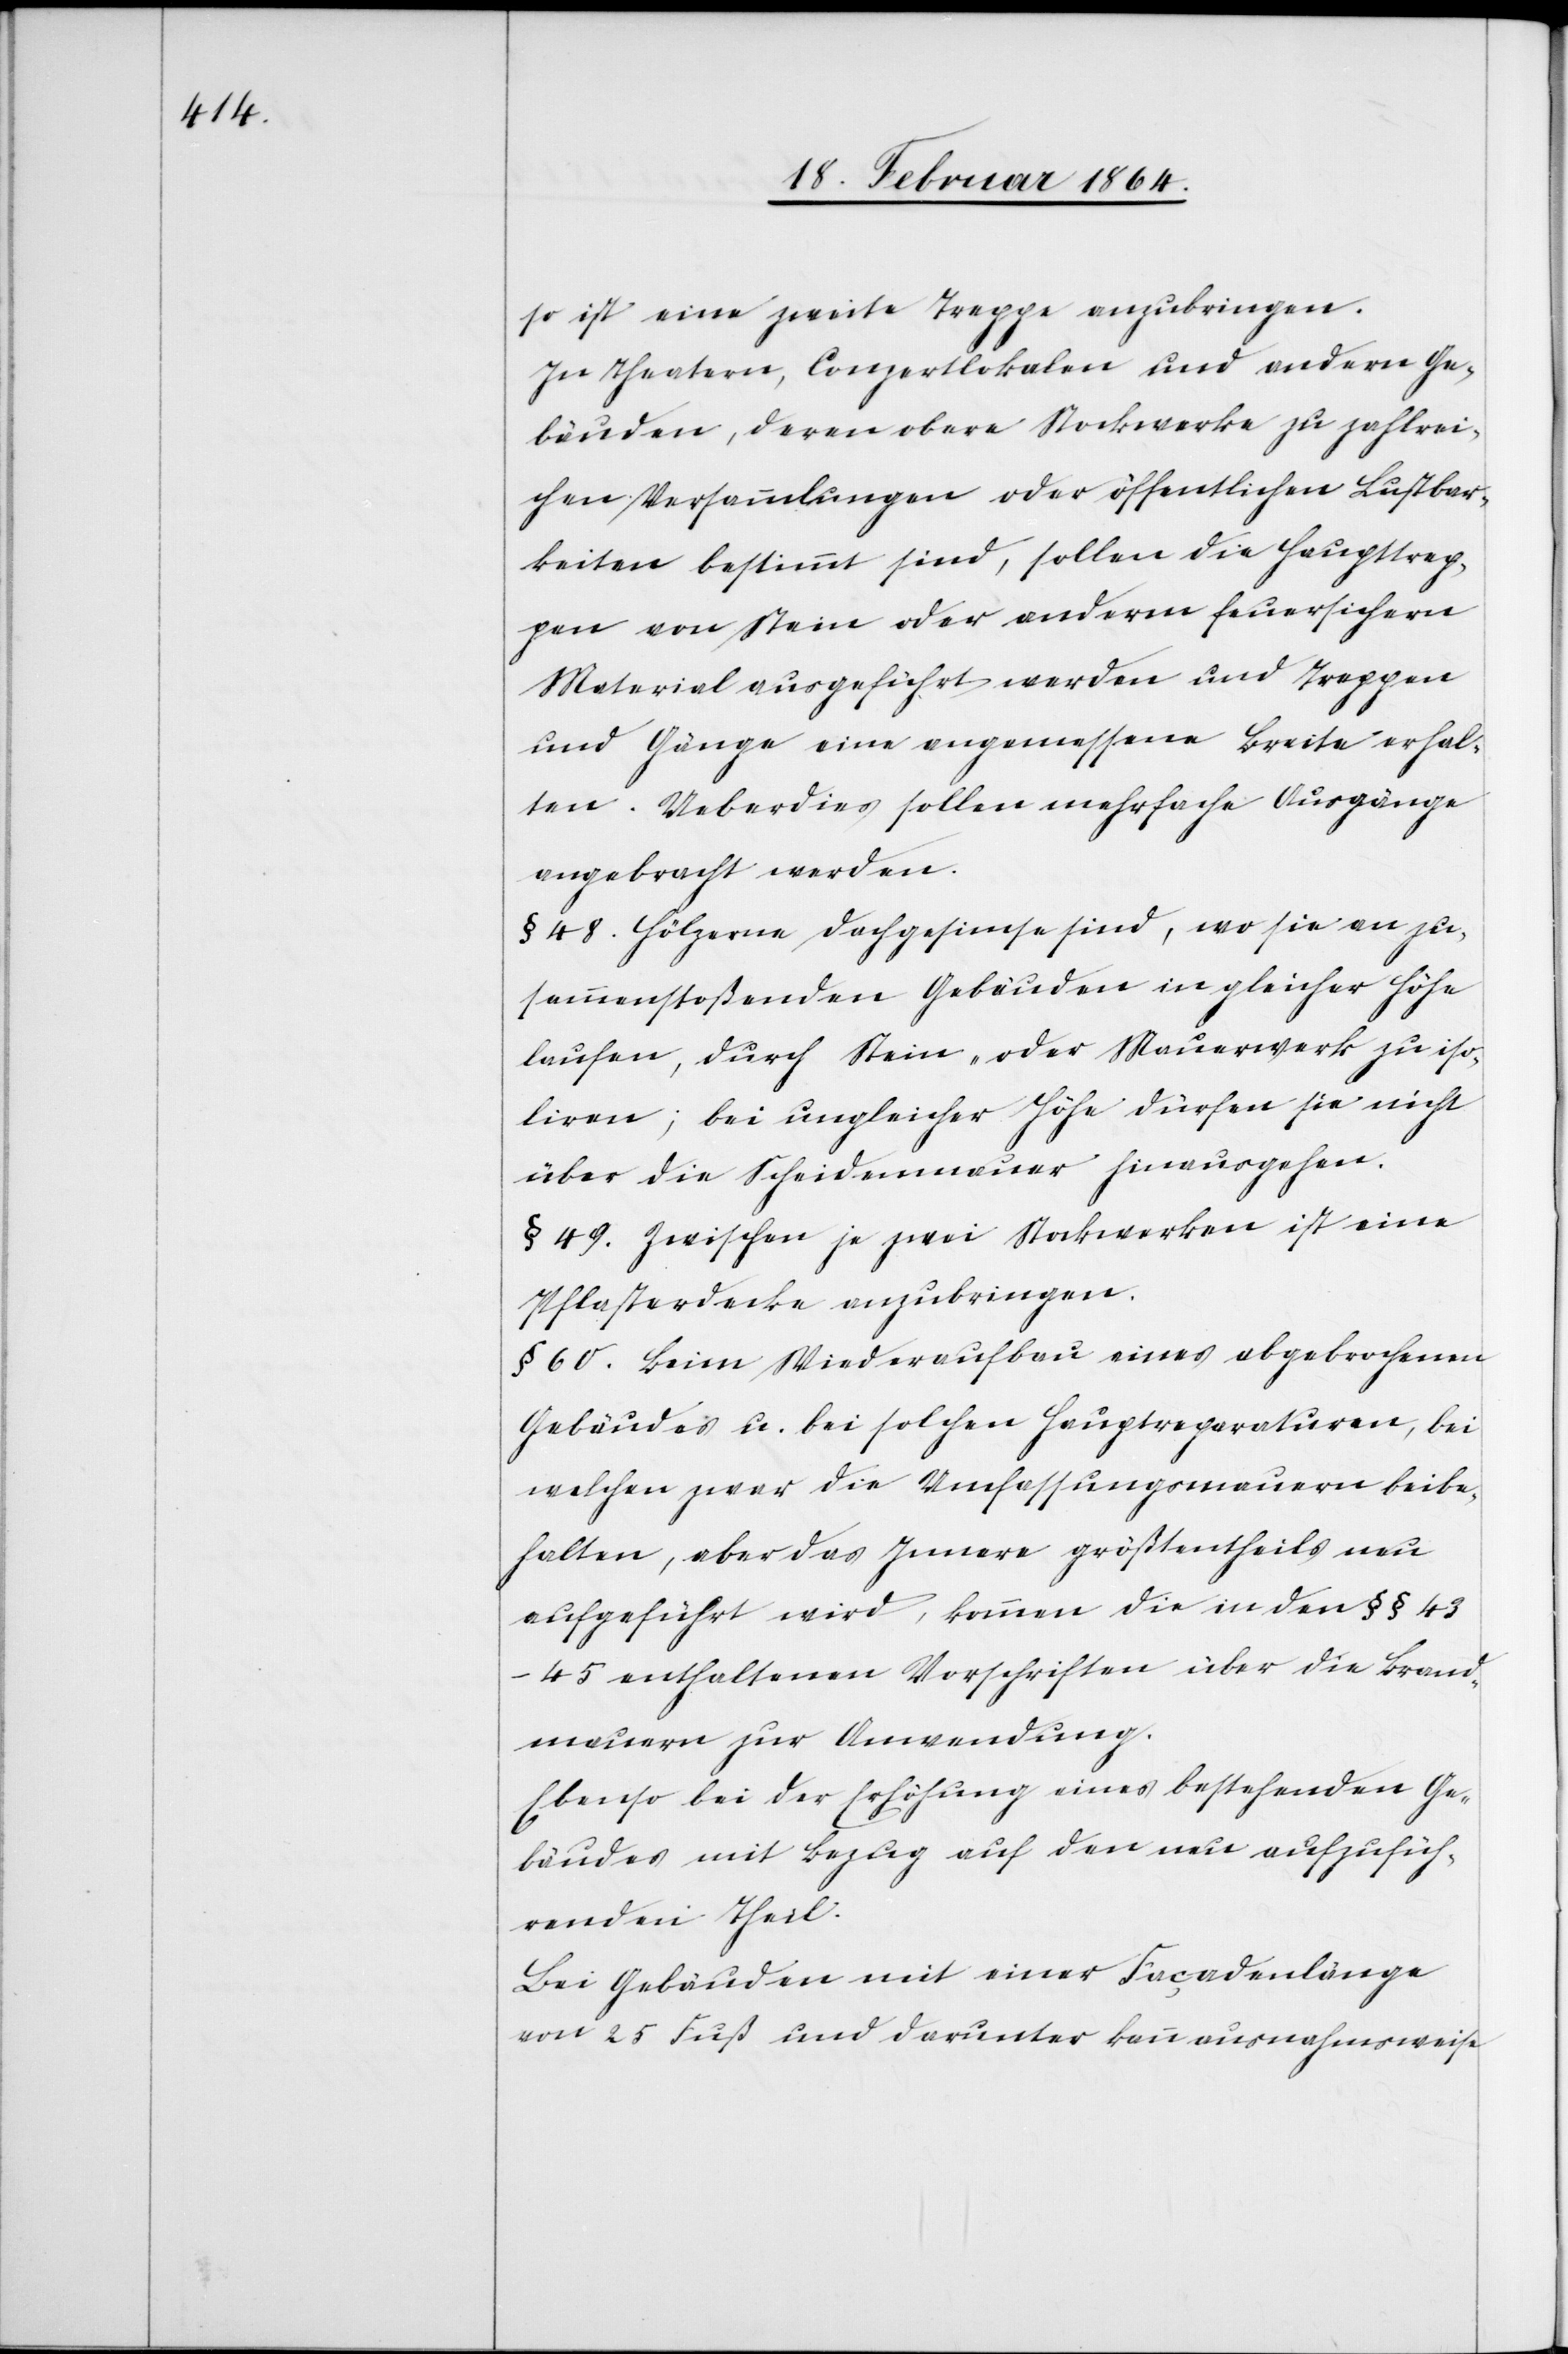
so ist eine zweite Treppe anzubringen.
In Theatern, Conzertlokalen und andern Ge¬
bäuden, deren obere Stockwerke zu zahlrei¬
chen Versammlungen oder öffentlichen Lustbar¬
keiten bestimmt sind, sollen die Haupttrep¬
pen von Stein oder anderen feuersichern
Material ausgeführt werden und Treppen
und Gänge eine angemessene Breite erhal¬
ten. Ueberdies sollen mehrfache Ausgänge
angebracht werden.
§ 48. Hölzerne Dachgesimse sind, wo sie an zu¬
sammenstoßenden Gebäuden in gleicher Höhe
laufen, durch Stein- oder Mauerwerk zu iso¬
liren; bei ungleicher Höhe dürfen sie nicht
über die Scheidenmauer hinausgehen.
§ 48. Zwischen je zwei Stockwerken ist eine
Pflasterecke anzubringen.
§ 60. Beim Wiederaufbau eines abgebrochenen
Gebäudes u. bei solchen Hauptreparaturen, bei
welchen zwar die Umfassungsmauern beibe¬
halten, aber das Innere größtentheils neu
aufgeführt wird, kommen die in den §§
43–45 enthaltenen Vorschriften über die Brand¬
mauern zur Anwendung.
Ebenso bei der Erhöhung eines bestehenden Ge¬
bäudes mit Bezug auf den neu aufzufüh¬
renden Theil.
Bei Gebäuden mit einer Façadenlänge
von 25 Fuß und darunter kann ausnahmsweise